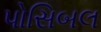
પોસિબલ